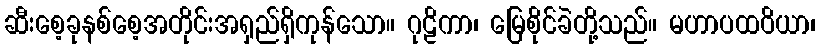
ဆီးစေ့ခုနစ်စေ့အတိုင်းအရှည်ရှိကုန်သော။ ဂုဠိကာ၊ မြေစိုင်ခဲတို့သည်။ မဟာပထဝိယာ၊